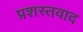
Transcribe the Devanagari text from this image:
प्रशस्तवाद